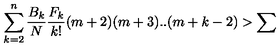
\sum _ { k = 2 } ^ { n } \frac { B _ { k } } { N } \frac { F _ { k } } { k ! } ( m + 2 ) ( m + 3 ) . . ( m + k - 2 ) > \sum